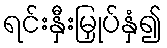
ရင်းနှီးမြှုပ်နှံ၍